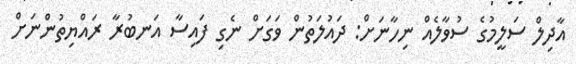
އާދިލް ސަލީމުގެ ސުވާލެއް ނިހާނަށް: ދައުލަތުން ވަގަށް ނެގި ފައިސާ އަނބުރާ ރައްޔިތުންނަށް